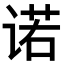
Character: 诺